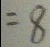
= 8